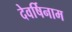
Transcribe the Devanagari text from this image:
देवर्षिनाम